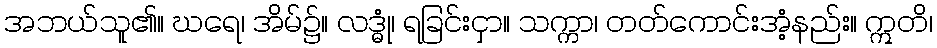
အဘယ်သူ၏။ ဃရေ၊ အိမ်၌။ လဒ္ဓုံ၊ ရခြင်းငှာ။ သက္ကာ၊ တတ်ကောင်းအံ့နည်း။ ဣတိ၊